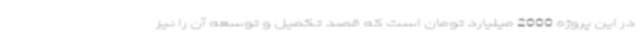
در این پروژه 2000 میلیارد تومان است که قصد تکمیل و توسعه آن را نیز